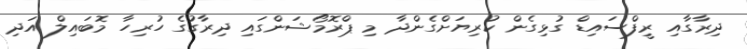
ދިރާގާއި ރީފްސައިޑް ގުޅިގެން ކުރިޔަށްގެންދާ މި ޕްރޮމޯޝަންގައި ދިރާގުގެ ހުރިހާ މޮބައިލް އަދި